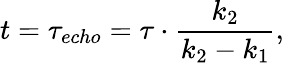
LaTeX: t=\tau_{echo}=\tau\cdot\frac{k_{2}}{k_{2}-k_{1}},